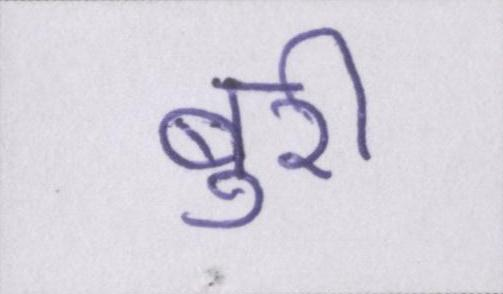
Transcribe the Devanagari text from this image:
बुरी